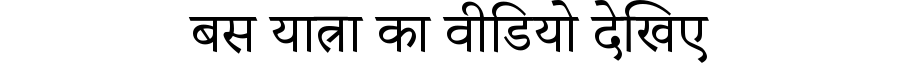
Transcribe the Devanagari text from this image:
बस यात्रा का वीडियो देखिए